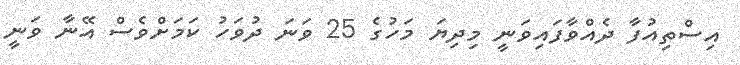
އިސްތިއުފާ ދެއްވާފައިވަނީ މިދިޔަ މަހުގެ 25 ވަނަ ދުވަހު ކަމަށްވެސް އޭނާ ވަނީ